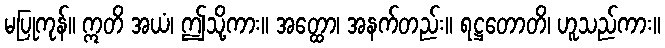
မပြုကုန်။ ဣတိ အယံ၊ ဤသို့ကား။ အတ္ထော၊ အနက်တည်း။ ရဋ္ဌတောတိ၊ ဟူသည်ကား။